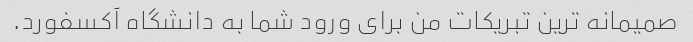
صمیمانه ترین تبریکات من برای ورود شما به دانشگاه آکسفورد.